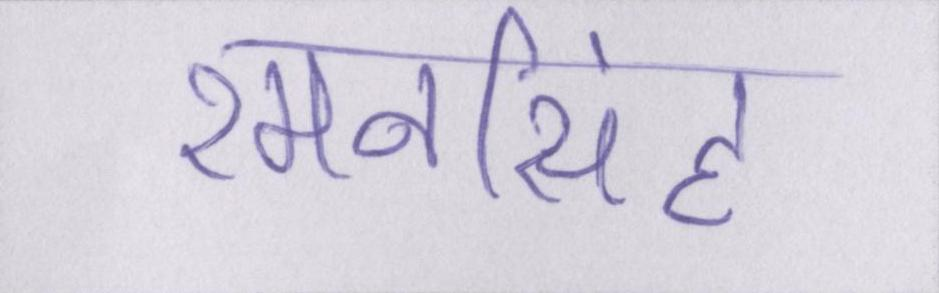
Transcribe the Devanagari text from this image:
रमनसिंह